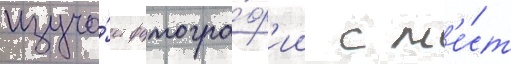
изуча́ет фотогра́ф'ии с м'е́ст